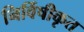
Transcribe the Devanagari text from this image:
निर्विषीकृत